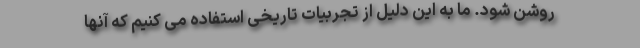
روشن شود. ما به این دلیل از تجربیات تاریخی استفاده می کنیم که آنها